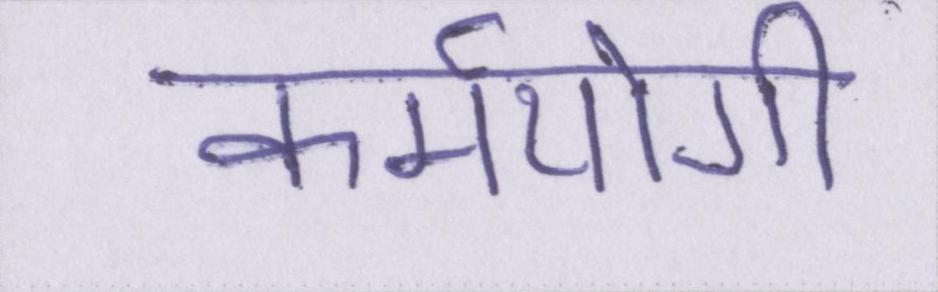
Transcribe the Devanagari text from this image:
कर्मयोगी